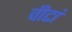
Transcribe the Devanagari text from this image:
वीटां